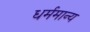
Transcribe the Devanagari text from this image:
धर्ममान्य